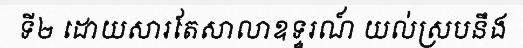
ទី២ ដោយសារតែសាលាឧទ្ទរណ៍ យល់ស្របនឹង